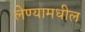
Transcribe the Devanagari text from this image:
लेण्यामधील